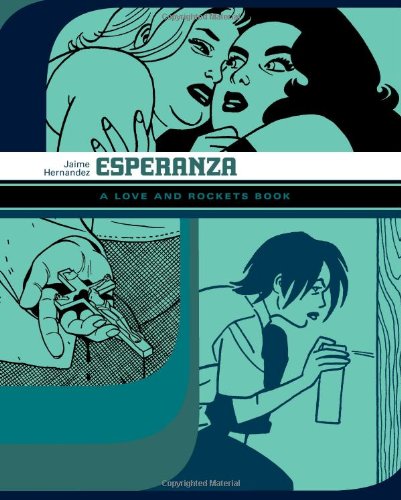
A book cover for Esperanza: A Love and Rockets Book (Love and Rockets); Jaime Hernandez; Comics & Graphic Novels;